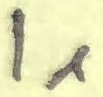
Text: I1